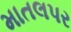
માતલપર